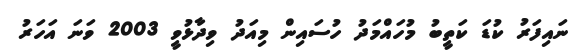
ނައިފަރު ކުޑަ ކަތީބު މުހައްމަދު ހުސައިން މިއަދު ވިދާޅުވީ 2003 ވަނަ އަހަރު